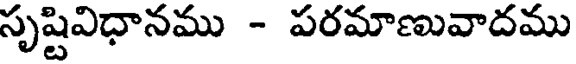
సృష్టివిధానము - పరమాణువాదము